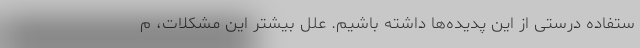
ستفاده درستی از این پدیده‌ها داشته باشیم. علل بیشتر این مشکلات، م